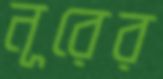
নূরের